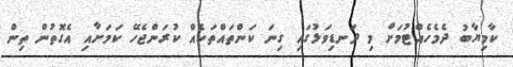
ކާމިޔާބު ދެމެހެއްޓުމަށް މި ދަނޑިވަޅުގައި ގިނަ ކަންތައްތަކެއް ކުރަންޖެހޭ ކަމަށާއި އެގޮތުން ތިން